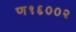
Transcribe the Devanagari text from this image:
ण१६००२